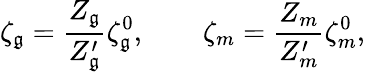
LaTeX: \zeta_{\mathfrak{g}}=\frac{{Z_{\mathfrak{g}}}}{{Z_{\mathfrak{g}}^{\prime}}}\zeta_{\mathfrak{g}}^{0},\qquad\zeta_{m}=\frac{{Z_{m}}}{{Z_{m}^{\prime}}}\zeta_{m}^{0},